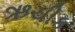
ઋચીક